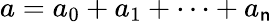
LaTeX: a=a_{0}+a_{1}+\cdots+a_{\mathsf{n}}